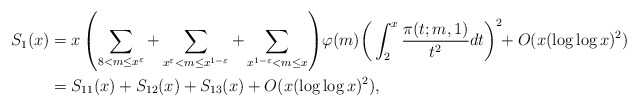
\begin{align*}S_1(x)&=x\left(\sum_{8<m\le x^{\varepsilon}}+\sum_{x^{\varepsilon}<m\le x^{1-\varepsilon}}+\sum_{x^{1-\varepsilon}<m\le x}\right)\!\varphi(m)\bigg(\int_{2}^{x}\frac{\pi(t;m,1)}{t^2}dt\bigg)^2\!\!+O(x(\log\log x)^2)\\&=S_{11}(x)+S_{12}(x)+S_{13}(x)+O(x(\log\log x)^2), \end{align*}